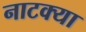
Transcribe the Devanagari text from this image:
नाटक्या